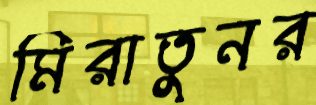
মিরাতুনর